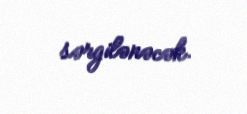
sərgilənəcək.